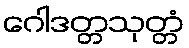
ဂေါဒတ္တသုတ္တံ